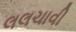
લલચાવી